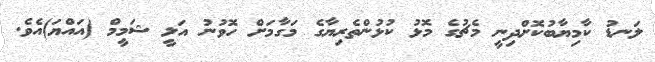
ލަނޑު ކާމިޔާބުކޮށްދިނީ މެޗުގެ މޮޅު ކުޅުންތެރިޔާގެ މަގާމަށް ހޮވުނު އަލީ ޝަމީމް (އައްޔަ)އެވެ.